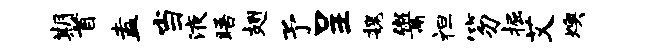
期首盍当液晤翅予呈魏鬻袒笏掘艾燠